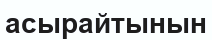
асырайтынын